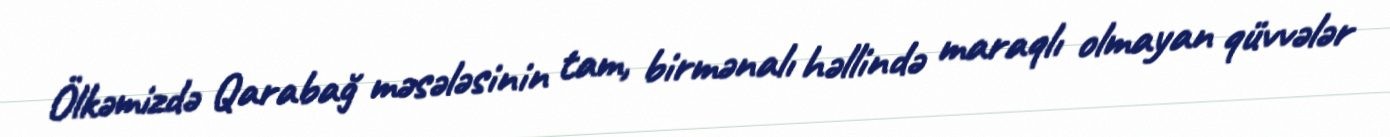
Ölkəmizdə Qarabağ məsələsinin tam, birmənalı həllində maraqlı olmayan qüvvələr